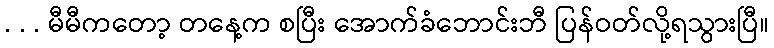
. . . မီမီကတော့ တနေ့က စပြီး အောက်ခံဘောင်းဘီ ပြန်ဝတ်လို့ရသွားပြီ။